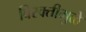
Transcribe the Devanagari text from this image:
विरक्तीमुळे